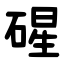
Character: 䃏